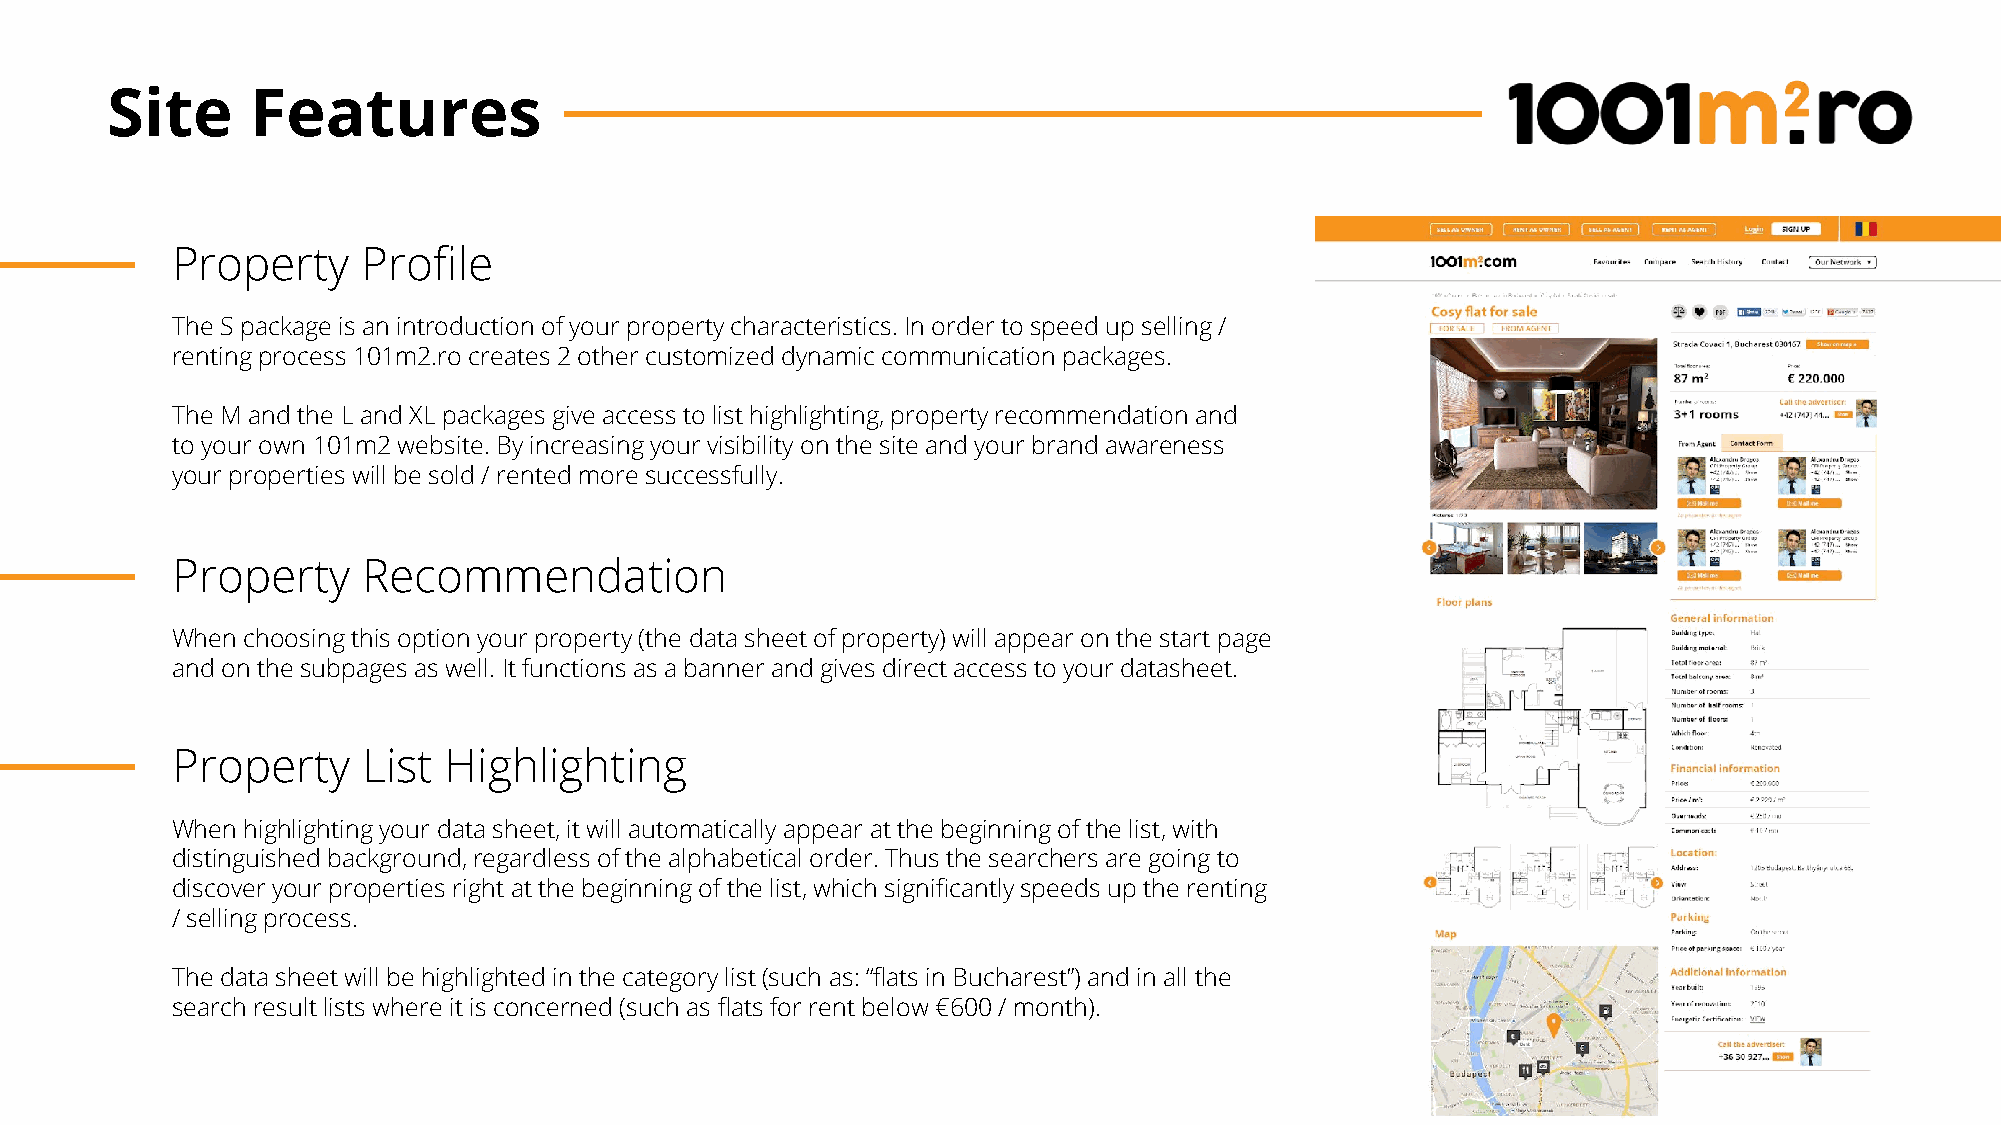
Site      Features
 Property     Profile
 The S package is an introduction of your property characteristics. In order to speed up selling /
 renting process 101m2.ro creates 2 other customized dynamic communication packages.
 The M and the L and XL packages give access to list highlighting, property recommendation and
 to your own 101m2 website. By increasing your visibility on the site and your brand awareness
 your properties will be sold / rented more successfully.
 Property     Recommendation
 When choosing this option your property (the data sheet of property) will appear on the start page
 and on the subpages as well. It functions as a banner and gives direct access to your datasheet.
 Property     List Highlighting
 When highlighting your data sheet, it will automatically appear at the beginning of the list, with
 distinguished background, regardless of the alphabetical order. Thus the searchers are going to
 discover your properties right at the beginning of the list, which significantly speeds up the renting
 / selling process.
 The data sheet will be highlighted in the category list (such as: “flats in Bucharest”) and in all the
 search result lists where it is concerned (such as flats for rent below €600 / month).